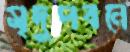
মৃদুপবনে